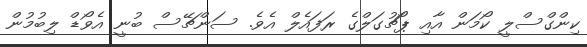
ކިންގްސްލީ ކޯމަން އާއި ޕޯޗުގަލްގެ ރަފައެލް އެވެ. ސަންޗޭސް ބުނީ އެވޯޑް ލިބުމުން